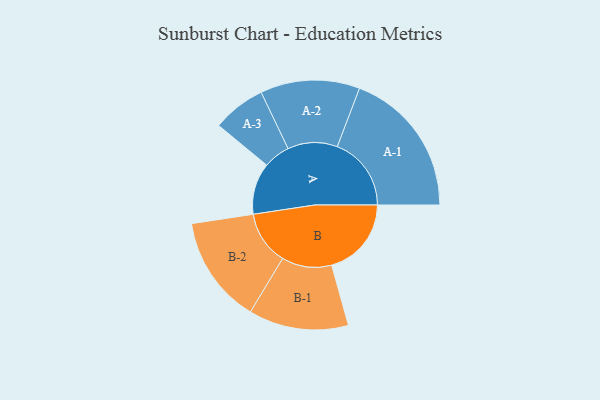
{"axis": {"x": "Segment", "y": "Value"}, "legend": ["", "A", "B"], "data": [{"x": "A", "y": 199, "type": ""}, {"x": "B", "y": 308, "type": ""}, {"x": "A-1", "y": 286, "type": "A"}, {"x": "A-2", "y": 192, "type": "A"}, {"x": "A-3", "y": 103, "type": "A"}, {"x": "B-1", "y": 193, "type": "B"}, {"x": "B-2", "y": 208, "type": "B"}]}